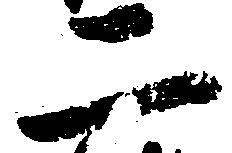
二